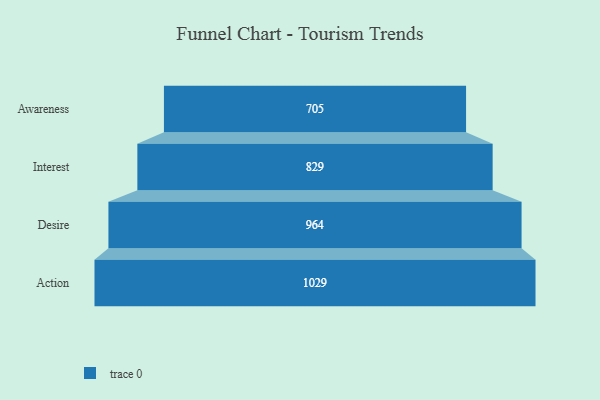
{"axis": {"x": "Stage", "y": "Value"}, "legend": [""], "data": [{"x": "Awareness", "y": 705.0, "type": ""}, {"x": "Interest", "y": 829.0, "type": ""}, {"x": "Desire", "y": 964.0, "type": ""}, {"x": "Action", "y": 1029.0, "type": ""}]}